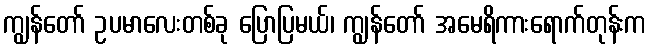
ကျွန်တော် ဥပမာလေးတစ်ခု ပြောပြမယ်၊ ကျွန်တော် အမေရိကားရောက်တုန်းက